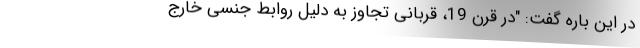
در این باره گفت: "در قرن 19، قربانی تجاوز به دلیل روابط جنسی خارج